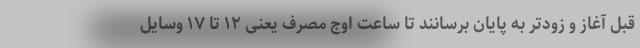
قبل آغاز و زودتر به پایان برسانند تا ساعت اوج مصرف یعنی ۱۲ تا ۱۷ وسایل